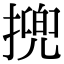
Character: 㨮